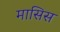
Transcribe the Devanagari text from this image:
मासिस